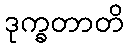
ဒုက္ခတာတိ